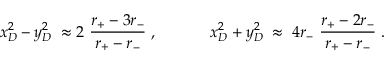
x _ { D } ^ { 2 } - y _ { D } ^ { 2 } \; \approx 2 ~ \frac { r _ { + } ^ { ~ } - 3 r _ { - } ^ { ~ } } { r _ { + } ^ { ~ } - r _ { - } ^ { ~ } } \; , ~ ~ ~ ~ ~ ~ ~ ~ ~ ~ x _ { D } ^ { 2 } + y _ { D } ^ { 2 } \; \approx \; 4 r _ { - } ^ { ~ } ~ \frac { r _ { + } ^ { ~ } - 2 r _ { - } ^ { ~ } } { r _ { + } ^ { ~ } - r _ { - } ^ { ~ } } \; .